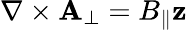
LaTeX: \nabla\times\textbf{A}_{\perp}=B_{\parallel}\mathbf{z}